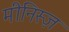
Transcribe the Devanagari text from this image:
मीनिस्ज़